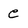
Character: e